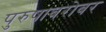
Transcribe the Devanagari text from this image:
पुरुषाबरोबर